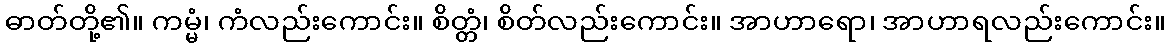
ဓာတ်တို့၏။ ကမ္မံ၊ ကံလည်းကောင်း။ စိတ္တံ၊ စိတ်လည်းကောင်း။ အာဟာရော၊ အာဟာရလည်းကောင်း။